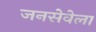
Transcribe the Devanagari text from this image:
जनसेवेला